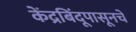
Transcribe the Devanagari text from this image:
केंद्रबिंदूपासूनचे